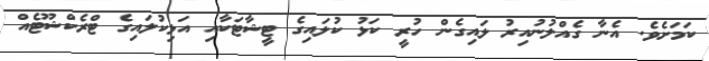
ކަމަަށެވެ. އެނާ ގެއްލުނުއިރު ލައިގެން ހުރީ ކަަޅު ކުލައިގެ ޓީޝާޓަކާއި އަޅިކުލައިގެ ޓްރެކްޝޫޓެއް